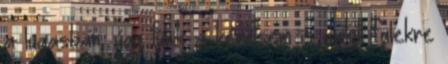
a lugasban, úgy tűnik a kérésem is nyitott fülekre